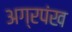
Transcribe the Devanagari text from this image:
अग्रपंख